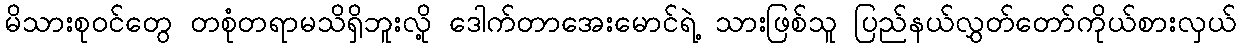
မိသားစုဝင်တွေ တစုံတရာမသိရှိဘူးလို့ ဒေါက်တာအေးမောင်ရဲ့ သားဖြစ်သူ ပြည်နယ်လွှတ်တော်ကိုယ်စားလှယ်